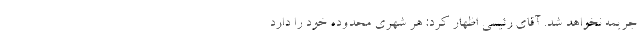
جریمه نخواهد شد. آقای رئیسی اظهار کرد: هر شهری محدوده خود را دارد